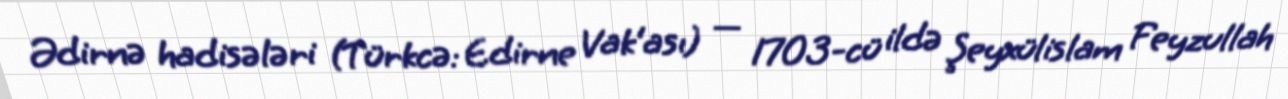
Ədirnə hadisələri (Türkcə: Edirne Vak‘ası) — 1703-cü ildə Şeyxülislam Feyzullah